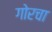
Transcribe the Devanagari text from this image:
गोरचा